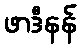
ဖာဒီနန်